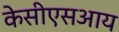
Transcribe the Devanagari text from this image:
केसीएसआय